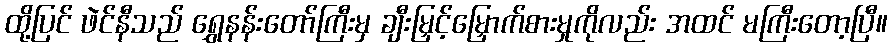
ထို့ပြင် ဖဲင်နီသည် ရွှေနန်းတော်ကြီးမှ ချီးမြှင့်မြှောက်စားမှုကိုလည်း အထင် မကြီးတော့ပြီ။